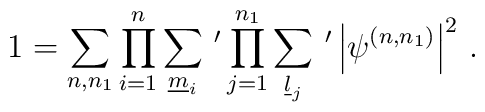
1=\sum_{n,n_1} \prod_{i=1}^n \sum_{\underline{m}_i}\,^\prime   \prod_{j=1}^{n_1}\sum_{\underline{l}_j}\,^\prime   \left|\psi^{(n,n_1)}\right|^2\,.